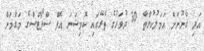
އަދި ގާނޫނަށް އަމަލުކުރާތާ 30 ދުވަހުގެ ތެރޭގައި ކޮމިޝަނަ އޮފް ސްޕޯޓްސްގެ މަގާމަށް